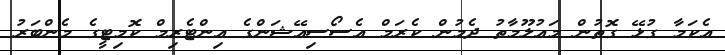
އެކަމާ ގުޅޭ ގޮތުން މައުލޫމާތު ދެމުން ކެރަމް އެސޯސިއޭޝަންގެ އިންޓެރިމް ކޮމިޓީގެ މެންބަރު